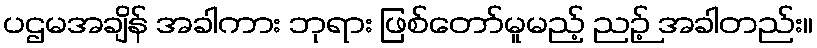
ပဌမအချိန် အခါကား ဘုရား ဖြစ်တော်မူမည့် ညဉ့် အခါတည်း။